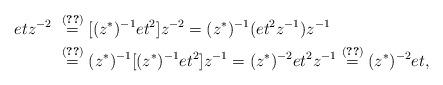
LaTeX: \begin{align*} etz^{-2} &~\stackrel{(\ref{2.18})}{=}[(z^{\ast})^{-1}et^2]z^{-2} = (z^{\ast})^{-1}(et^2z^{-1})z^{-1}\\ &~\stackrel{(\ref{2.18})}{=}(z^{\ast})^{-1}[(z^{\ast})^{-1}et^2]z^{-1}=(z^{\ast})^{-2}et^2z^{-1}\stackrel{(\ref{2.18})}{=}(z^{\ast})^{-2}et,\end{align*}